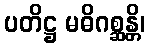
ပတိဋ္ဌ မဓိဂစ္ဆန္တိ၊